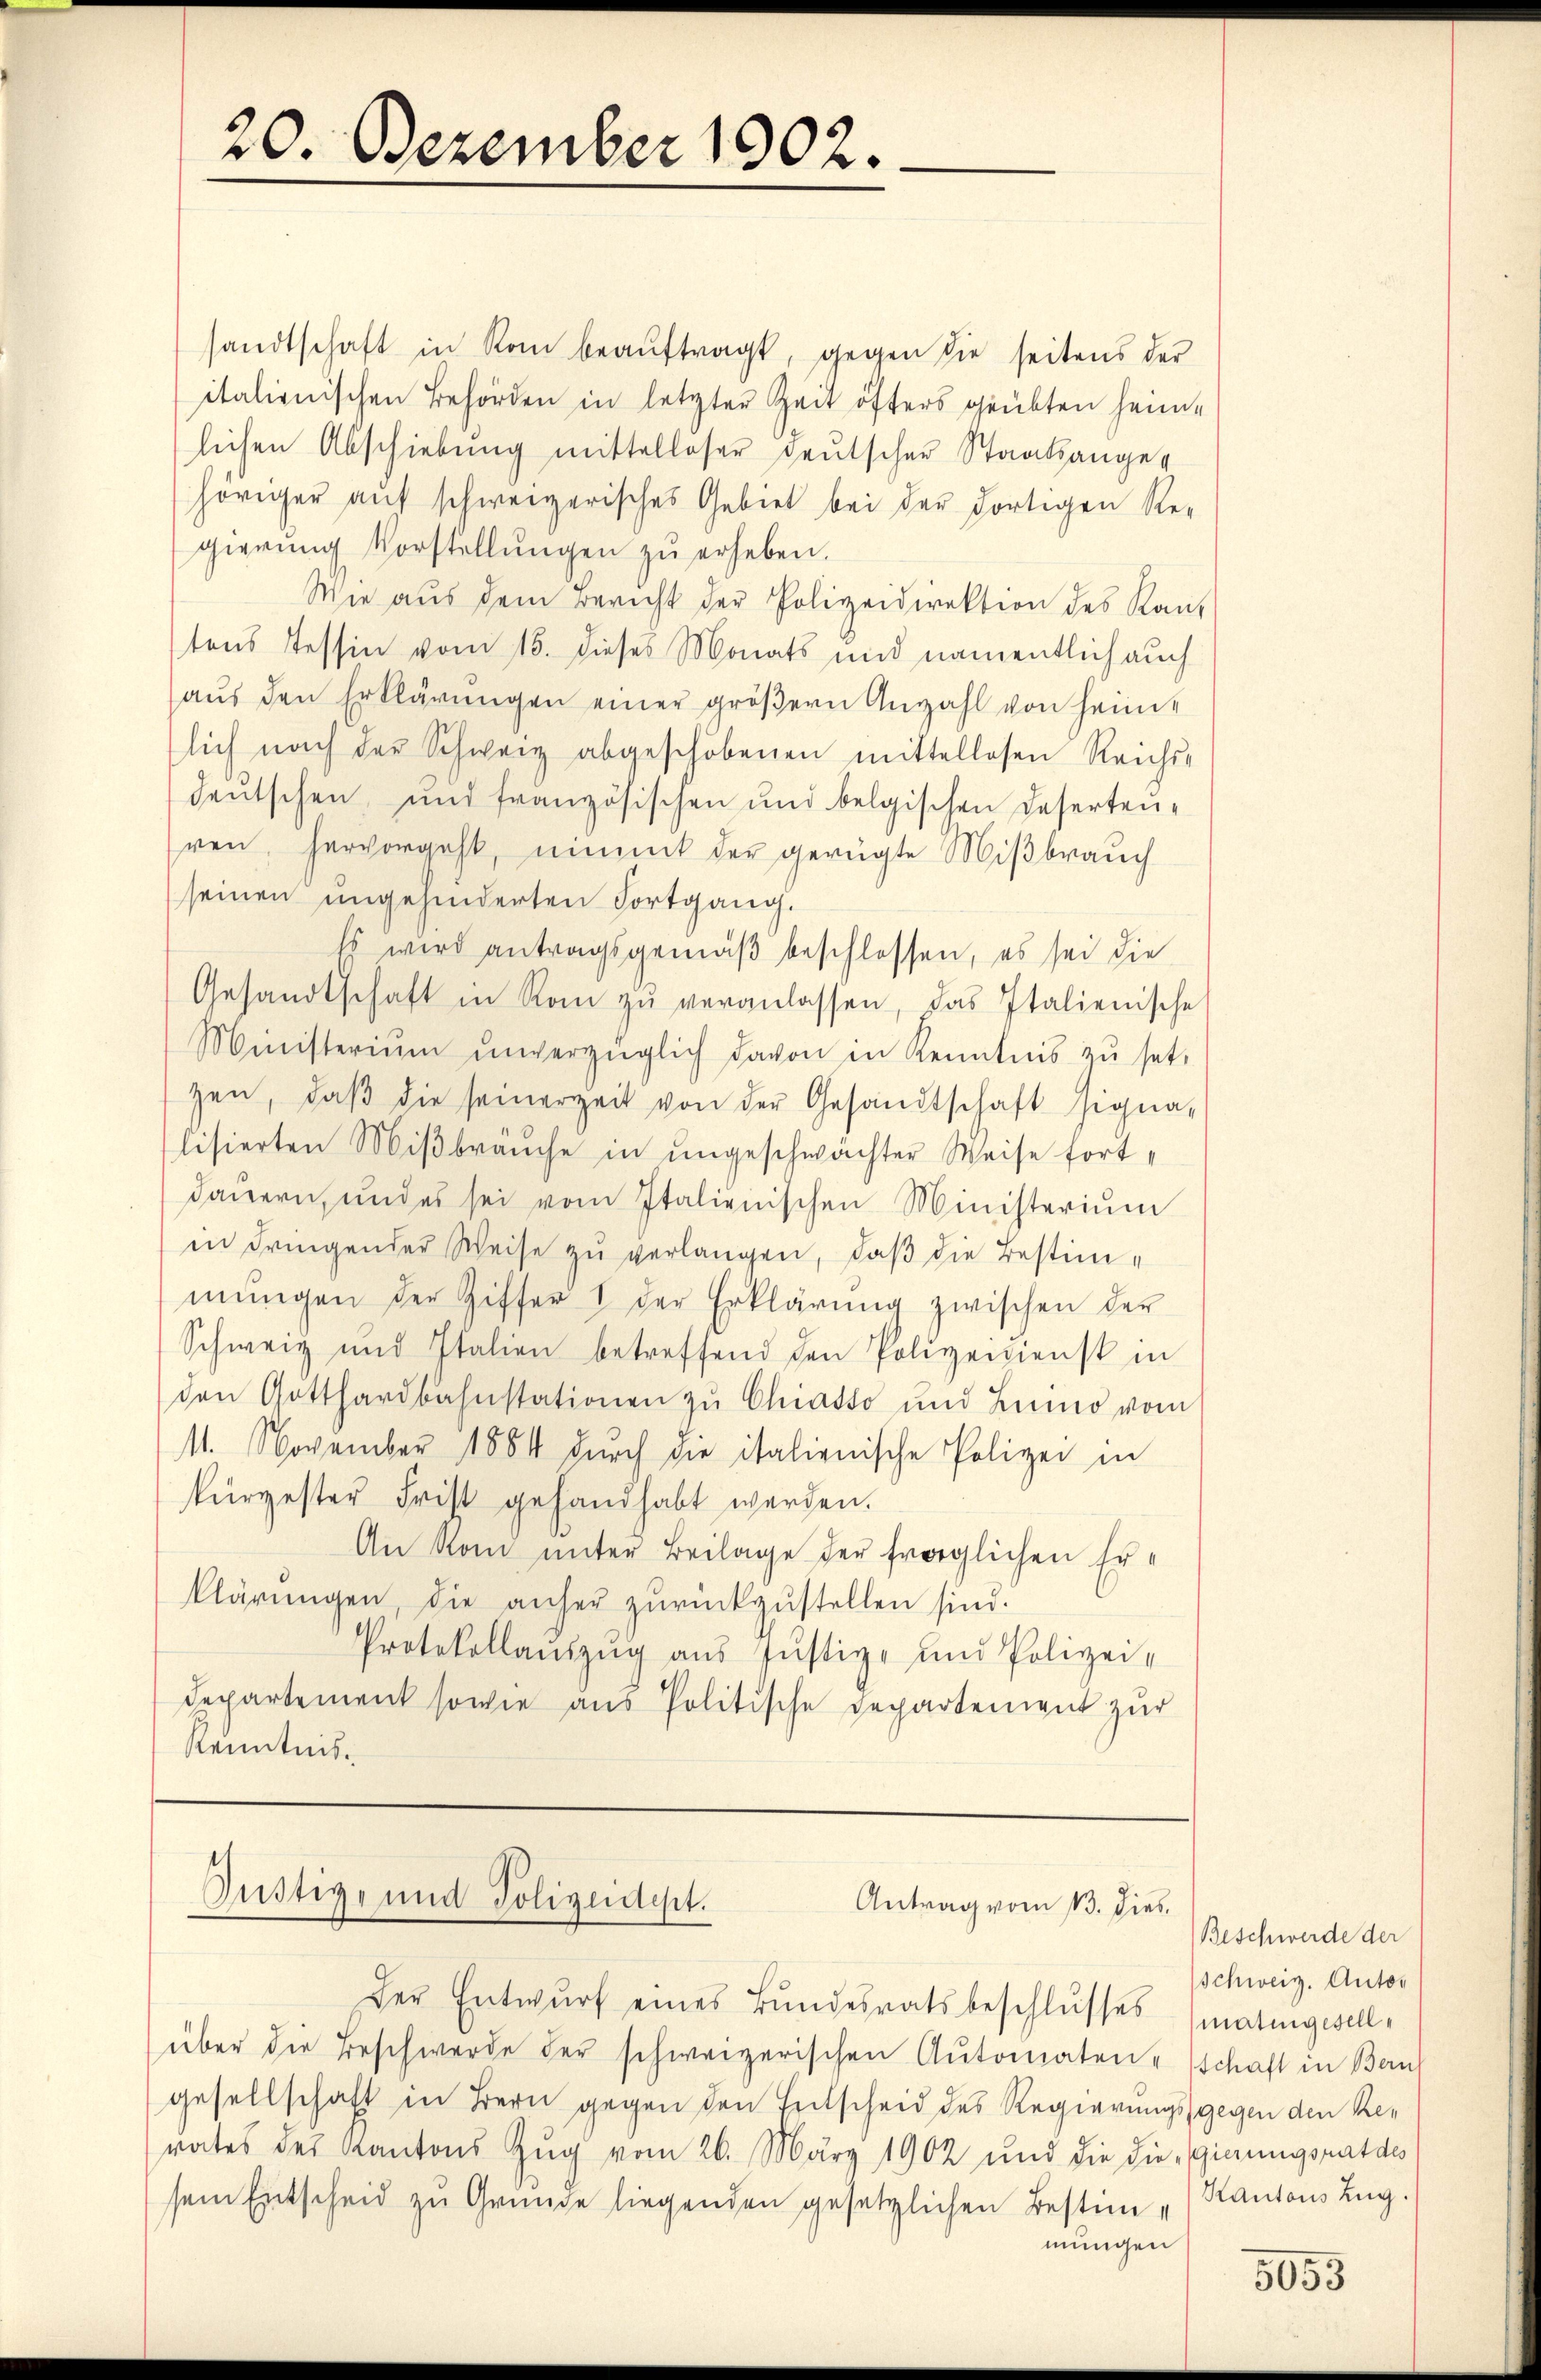
20. Dezember 1902.

sandtschaft in Rom beaŭftragt, gegen die seitens der
italienischen Behörden in letzter Zeit öfters geübten heimlichen Abschiebung mittelloser deutscher Staatsangehöriger aŭf schweizerisches Gebiet bei der dortigen Re-
gierŭng Vorstellŭngen zŭ erheben.
Wie aus dem Bericht der Polizeidirektion des Kan-
tens Tessin vom 15. dieses Monats und namentlich auch
aŭs den Erklärŭngen einer gröβern Anzahl von heim-
lich nach der Schweiz abgeschobenen mittellosen Reichs-
deutschen und französischen und belgischen Deserten-
ren, hervorgeht, nimmt der gerügte Mißbrauch
seinen ungehinderten Fortgang.
Es wird antragsgemäß beschlossen, es sei die
Gesandtschaft in Rom zŭ veranlassen, das Italienische
Ministeriŭm ŭnverzüglich davon in Kenntnis zŭ set
zen, daβ die seinerzeit von der Gesandtschaft signa-
lisierten Mißbräuche in ungeschwächter Weise fortdauern, und es sei vom Italienischen Ministerium
in dringender Weise zu verlangen, daß die Bestimmŭngen der Ziffer I der Erklärŭng zwischen der
Schweiz und Italien betreffend den Polizeidienst in
den Gotthardbahnstationen zŭ Chiasso und Lumo vom
11. November 1884 dŭrch die italienische Polizei in
kürgester Frist gehandhabt werden.
An Rom unter Beilage der fraglichen Erklärŭngen, die anher zŭrückzŭstellen sind.
Protokollauszug aus Justiz- und Polizei¬
Departement sowie aus Politische Departement zur
Kenntnis.

Justiz- und Polizeidept.
Antrag vom 13. dies
Der Entwurf eines Bundesratsbeschlusses

über die Beschwerde der schweizerischen Automaten - schaft in Bern
gesellschaft in Bern gegen den Entscheid des Regierungsgegen den Rerates des Kantons Zug vom 26. März 1902 und die die gierungsrat des
sein Entscheid zu Gründe liegenden gesetzlichen Bestim Kantons Zug.
mungen

Beschwerde der
Schweiz. Autor
matingesell¬

5053